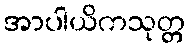
အာပါယိကသုတ္တ